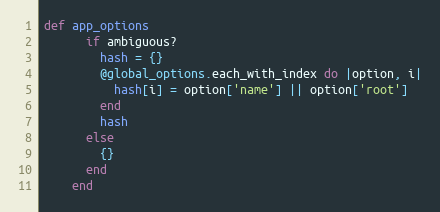
Language: Ruby
def app_options
      if ambiguous?
        hash = {}
        @global_options.each_with_index do |option, i|
          hash[i] = option['name'] || option['root']
        end
        hash
      else
        {}
      end
    end